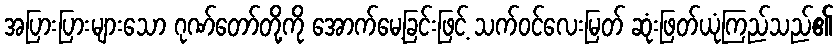
အပြားပြားများသော ဂုဏ်တော်တို့ကို အောက်မေ့ခြင်းဖြင့် သက်ဝင်လေးမြတ် ဆုံးဖြတ်ယုံကြည်သည်၏